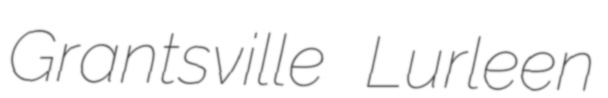
Grantsville Lurleen